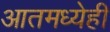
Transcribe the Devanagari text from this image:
आतमध्येही